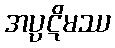
အပ္ပဋိမဿ